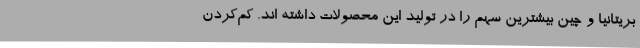
بریتانیا و چین بیشترین سهم را در تولید این محصولات داشته ‌اند. کم‌کردن